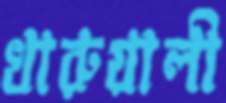
খারুয়ালী